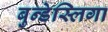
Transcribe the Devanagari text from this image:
बुन्डेस्लिगा